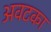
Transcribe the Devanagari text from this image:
अवटका